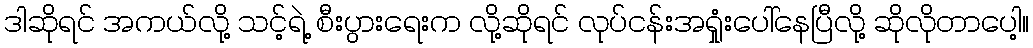
ဒါဆိုရင် အကယ်လို့ သင့်ရဲ့ စီးပွားရေးက လို့ဆိုရင် လုပ်ငန်းအရှုံးပေါ်နေပြီလို့ ဆိုလိုတာပေါ့။